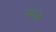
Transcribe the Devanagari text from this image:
मोन्डे